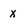
Character: x